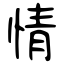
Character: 情